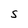
Character: s